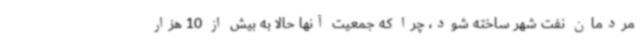
مردمان نفت شهر ساخته شود، چرا که جمعیت آنها حالا به بیش از 10 هزار